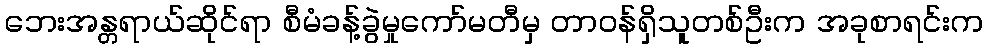
ဘေးအန္တရာယ်ဆိုင်ရာ စီမံခန့်ခွဲမှုကော်မတီမှ တာဝန်ရှိသူတစ်ဦးက အခုစာရင်းက